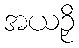
အယဉှိ